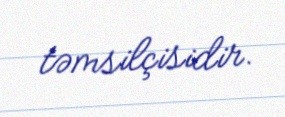
təmsilçisidir.